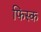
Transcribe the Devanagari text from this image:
फिस्‍क